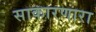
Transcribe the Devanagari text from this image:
साकारणारा